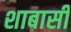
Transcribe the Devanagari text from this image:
शाबासी